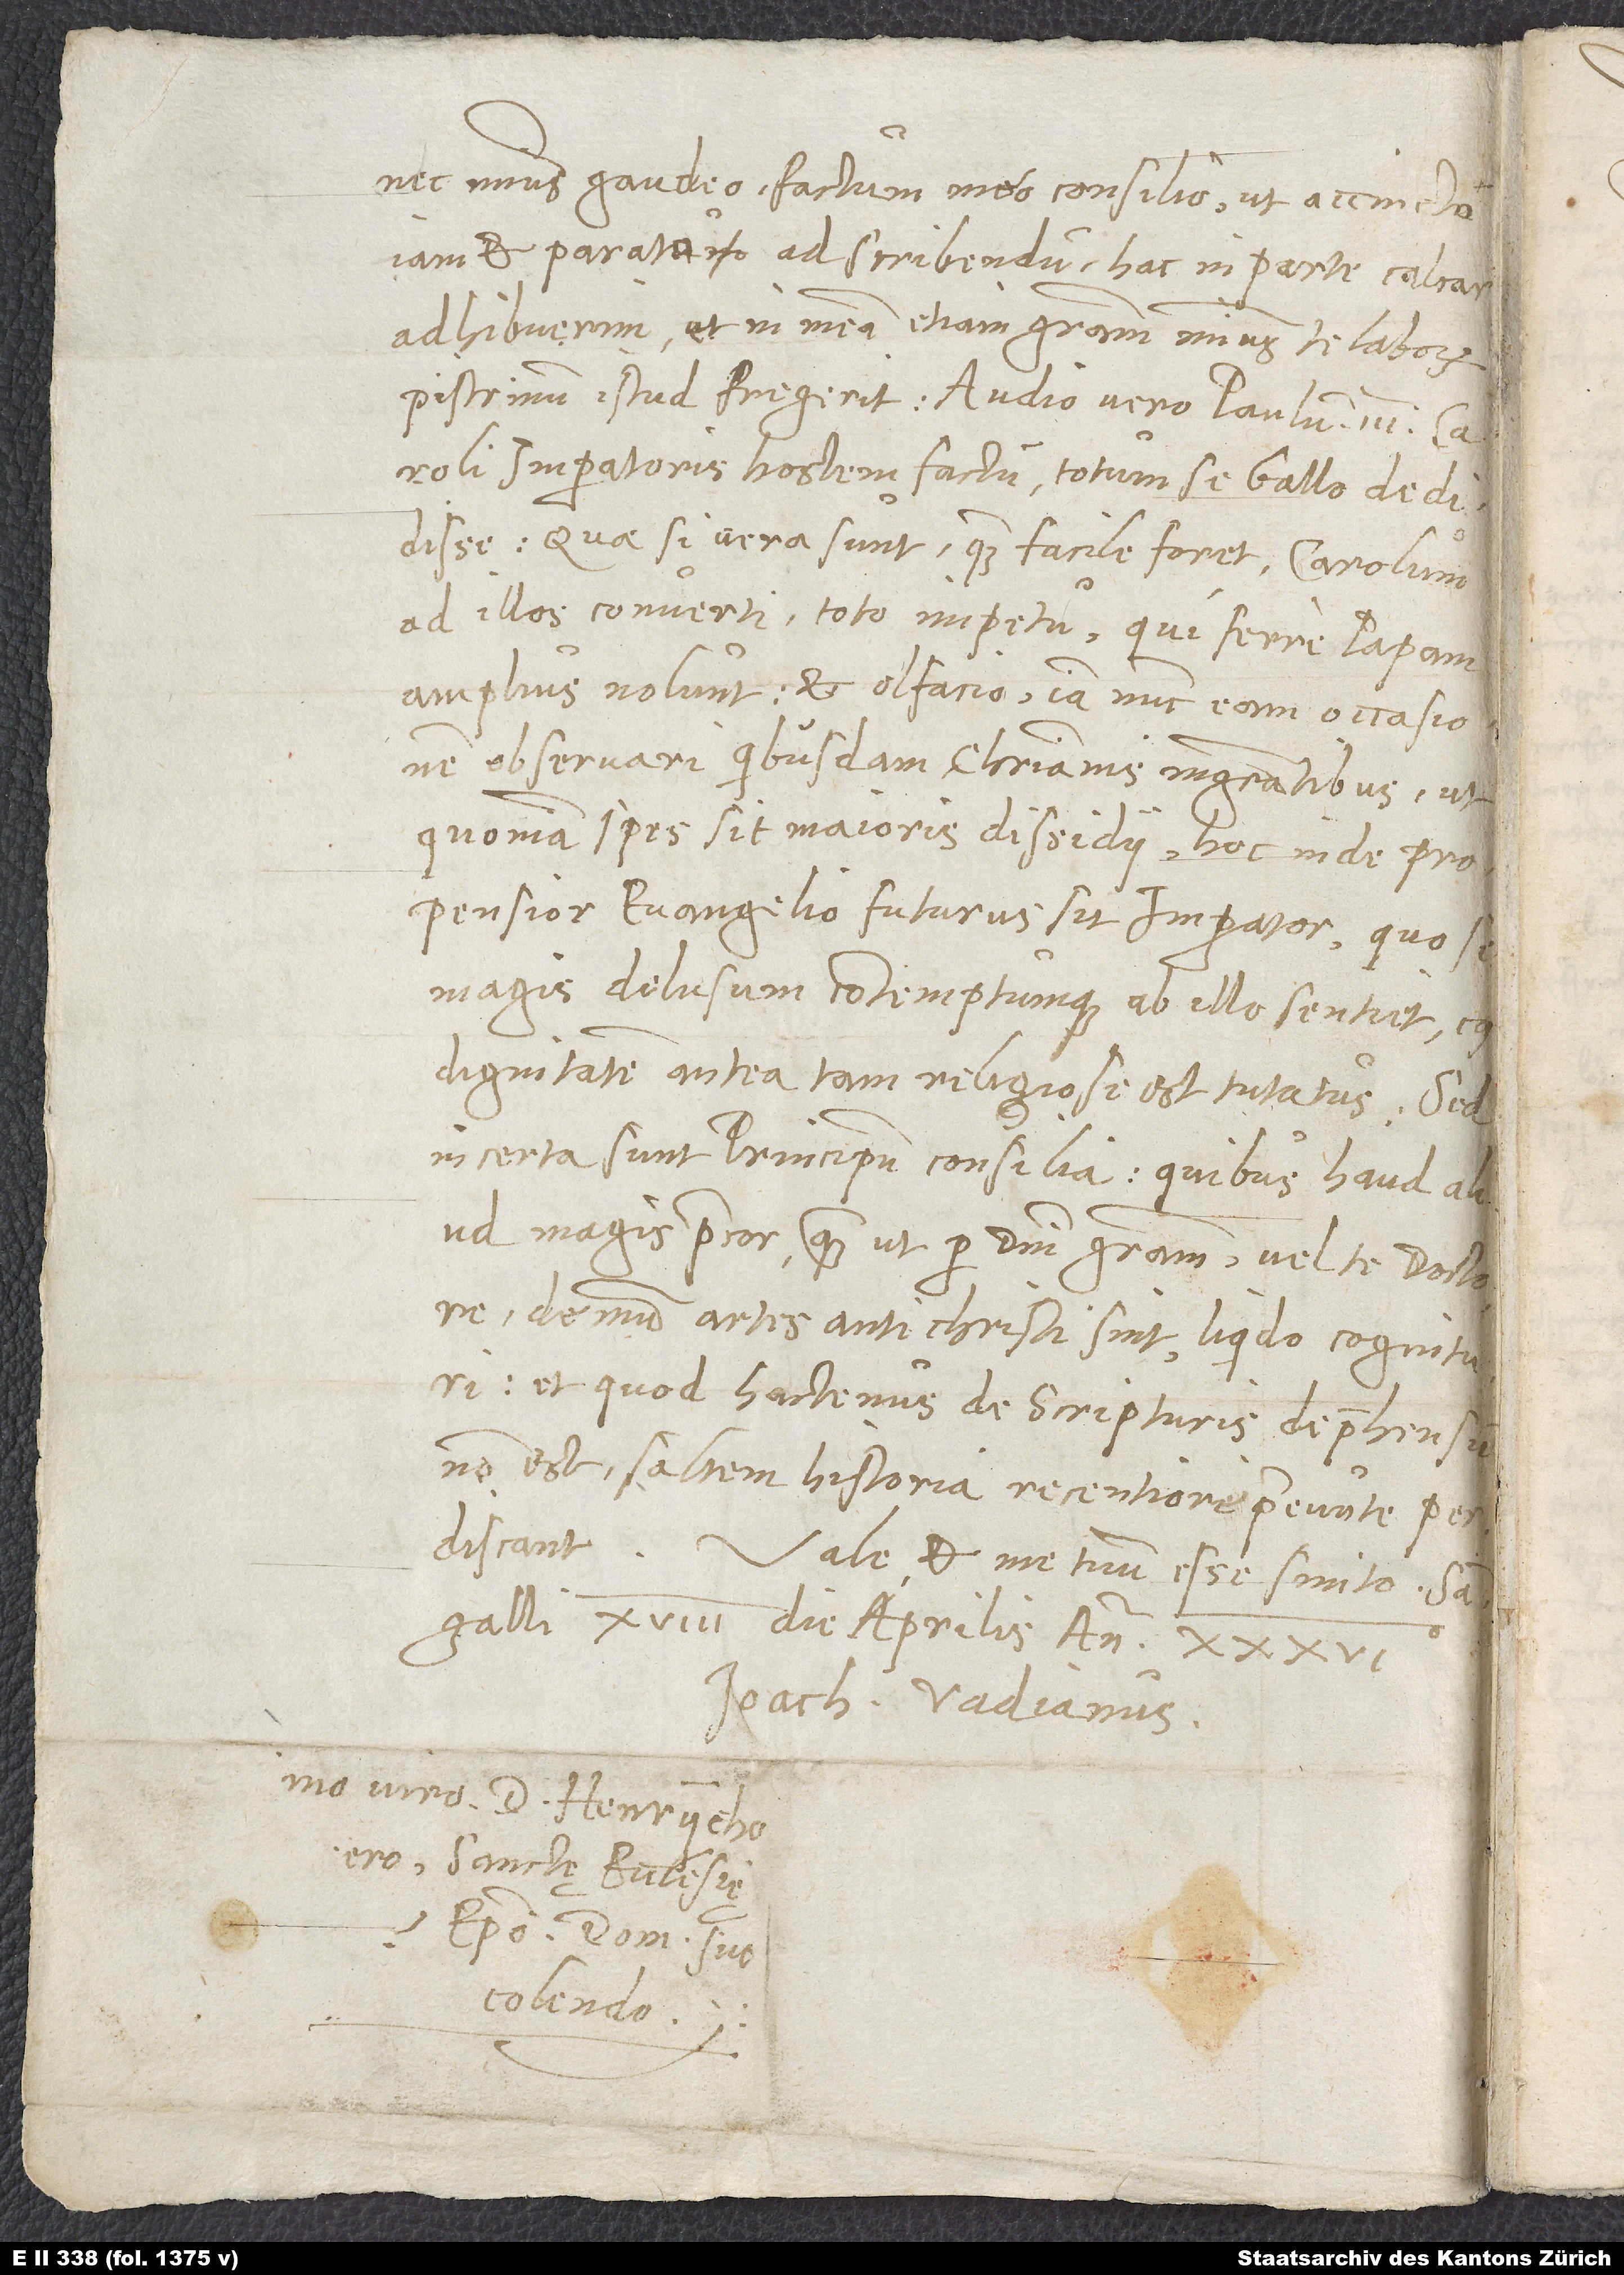
nec minus gaudeo factum meo consilio, ut accincto
iam et parato ad scribendum hac in parte calcar
adhibuerim et in meam etiam gratiam minus te laborum
Caroli imperatoris hostem factum, totum se Gallo dedidisse.
Quae si vera sunt, quam facile foret Carolum
ad illos converti toto impetu, qui ferre papam
amplius nolunt, et olfacio iam nunc eam occasionem
observari quibusdam christianis magistratibus, ut,
quoniam spes sit maioris dissidii, hoc inde propensior
evangelio futurus sit imperator, quo se
magis delusum contemptumque ab illo sentiet, cuius
dignitatem antea tam religiose est tutatus. Sed
incerta sunt principum consilia, quibus haud aliud
magis precor, quam ut per domini gratiam vel te doctore
demum artes antichristi sint liquido cognituri
et, quod hactenus de scripturis deprehensum
non est, saltem historia recentiore praeeunte perdiscant.
Vale et me tuum esse sinito. Sangalli,
die aprilis anno 36.
Ioach. Vadianus.
episcopo, domini suo
colendo.
S.